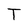
Character: T